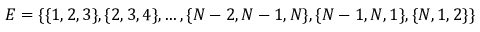
E = \{ \{ 1 , 2 , 3 \} , \{ 2 , 3 , 4 \} , \ldots , \{ N - 2 , N - 1 , N \} , \{ N - 1 , N , 1 \} , \{ N , 1 , 2 \} \}